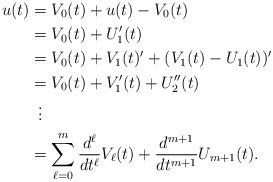
LaTeX: \begin{align*}u(t)&=V_0(t)+u(t)-V_0(t)\\&=V_0(t)+U_1'(t)\\&=V_0(t)+V_1(t)' + (V_1(t)-U_1(t))'\\&=V_0(t)+V_1'(t) + U_2''(t)\\&\,\,\,\vdots\\&=\sum_{\ell=0}^m \frac{d^\ell}{dt^\ell}V_{\ell}(t)+\frac{d^{m+1}}{dt^{m+1}}U_{m+1}(t).\end{align*}